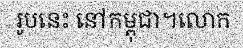
រូបនេះ នៅកម្ពុជា។លោក